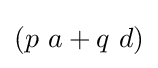
{\textstyle \left(p\ a+q\ d\right)}